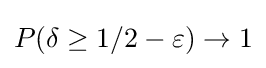
P(\delta \geq 1/2-\varepsilon )\to 1